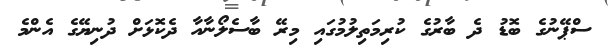
ސްޕޭނުގެ ބޮޑު ދެ ބާރުގެ ކުރިމަތިލުމުގައި މިރޭ ބާސެލޯނާއާ ދެކޮޅަށް ދުނިޔޭގެ އެންމެ